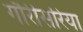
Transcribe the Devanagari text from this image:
गौरीसरिया